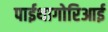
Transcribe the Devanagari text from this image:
पाईथागोरिआई